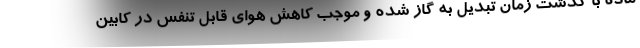
ماده با گذشت زمان تبدیل به گاز شده و موجب کاهش هوای قابل تنفس در کابین